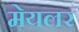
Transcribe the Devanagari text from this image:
मेयलर